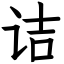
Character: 诘